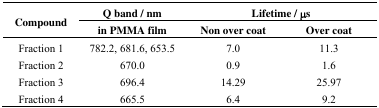
<table><thead><tr><td rowspan="2"><b>Compound</b></td><td><b>Q band / nm</b></td><td colspan="2"><b>Lifetime / μs</b></td></tr><tr><td><b>in PMMA film</b></td><td><b>Non over coat</b></td><td><b>Over coat</b></td></tr></thead><tbody><tr><td>Fraction 1</td><td>782.2, 681.6, 653.5</td><td>7.0</td><td>11.3</td></tr><tr><td>Fraction 2</td><td>670.0</td><td>0.9</td><td>1.6</td></tr><tr><td>Fraction 3</td><td>696.4</td><td>14.29</td><td>25.97</td></tr><tr><td>Fraction 4</td><td>665.5</td><td>6.4</td><td>9.2</td></tr></tbody></table>